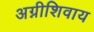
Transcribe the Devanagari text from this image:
अग्नीशिवाय